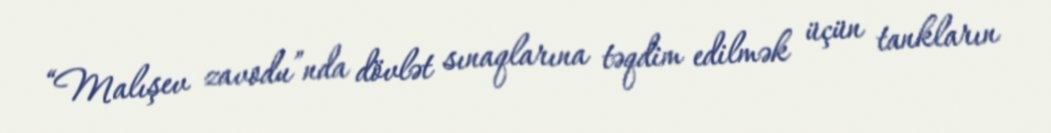
“Malışev zavodu”nda dövlət sınaqlarına təqdim edilmək üçün tankların